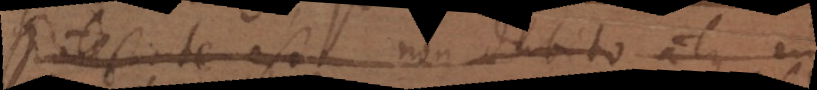
potestate est non dubito atque in